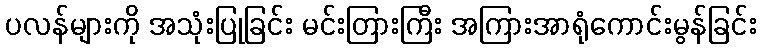
ပလန်များကို အသုံးပြုခြင်း မင်းတြားကြီး အကြားအာရုံကောင်းမွန်ခြင်း